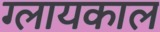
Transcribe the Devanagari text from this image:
ग्लायकाल